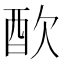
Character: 𨠅